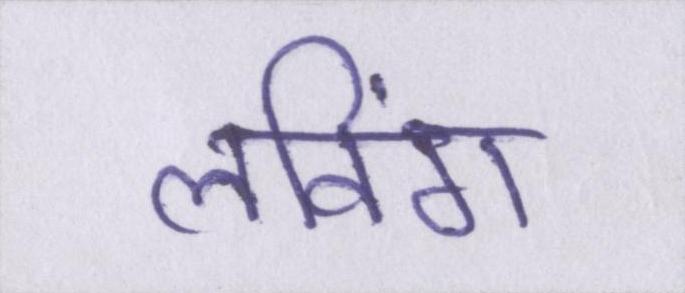
लविंग